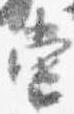
当